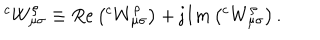
\left. ^ { c } W _ { \mu \sigma } ^ { \rho } \right. \equiv R e \left( ^ { c } W _ { \mu \sigma } ^ { \rho } \right) + \mathrm { j } I m \left( ^ { c } W _ { \mu \sigma } ^ { \rho } \right) .